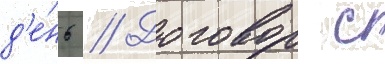
д'е́нь // Договор с